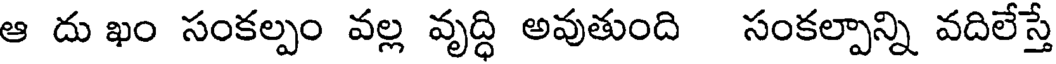
ఆ దు ఖం సంకల్పం వల్ల వృద్ధి అవుతుంది సంకల్పాన్ని వదిలేస్తే